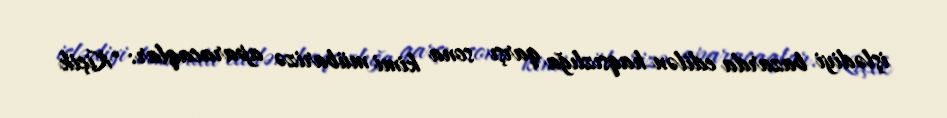
işlədiyi bazarda edilən haqsızlığa qarşı sona kimi mübarizə aparacaqlar: "Kiçik